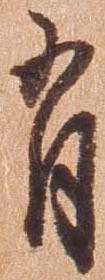
有